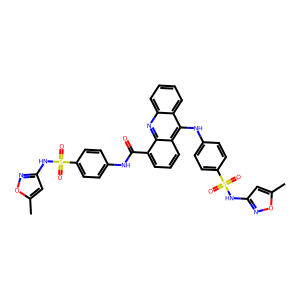
SMILES: Cc1cc(NS(=O)(=O)c2ccc(NC(=O)c3cccc4c(Nc5ccc(S(=O)(=O)Nc6cc(C)on6)cc5)c5ccccc5nc34)cc2)no1
Inhibits HIV replication: No